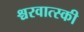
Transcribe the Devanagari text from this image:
श्चरवात्स्की